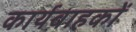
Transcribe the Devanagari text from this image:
कार्यवाहकों